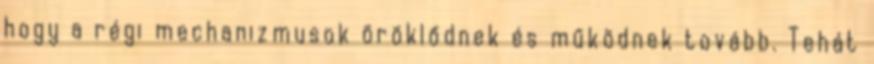
hogy a régi mechanizmusok öröklődnek és működnek tovább. Tehát